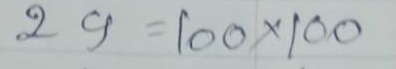
29 = 100 x 100